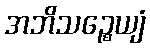
အဘိသဉ္စေယျံ